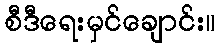
စီဒီရေးမှင်ချောင်း။